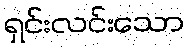
ရှင်းလင်းသော